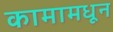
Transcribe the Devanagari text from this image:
कामामधून